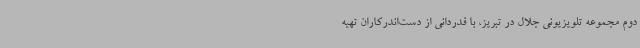
دوم مجموعه تلویزیونی جلال در تبریز، با قدردانی از دست‌اندرکاران تهیه